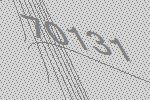
70131